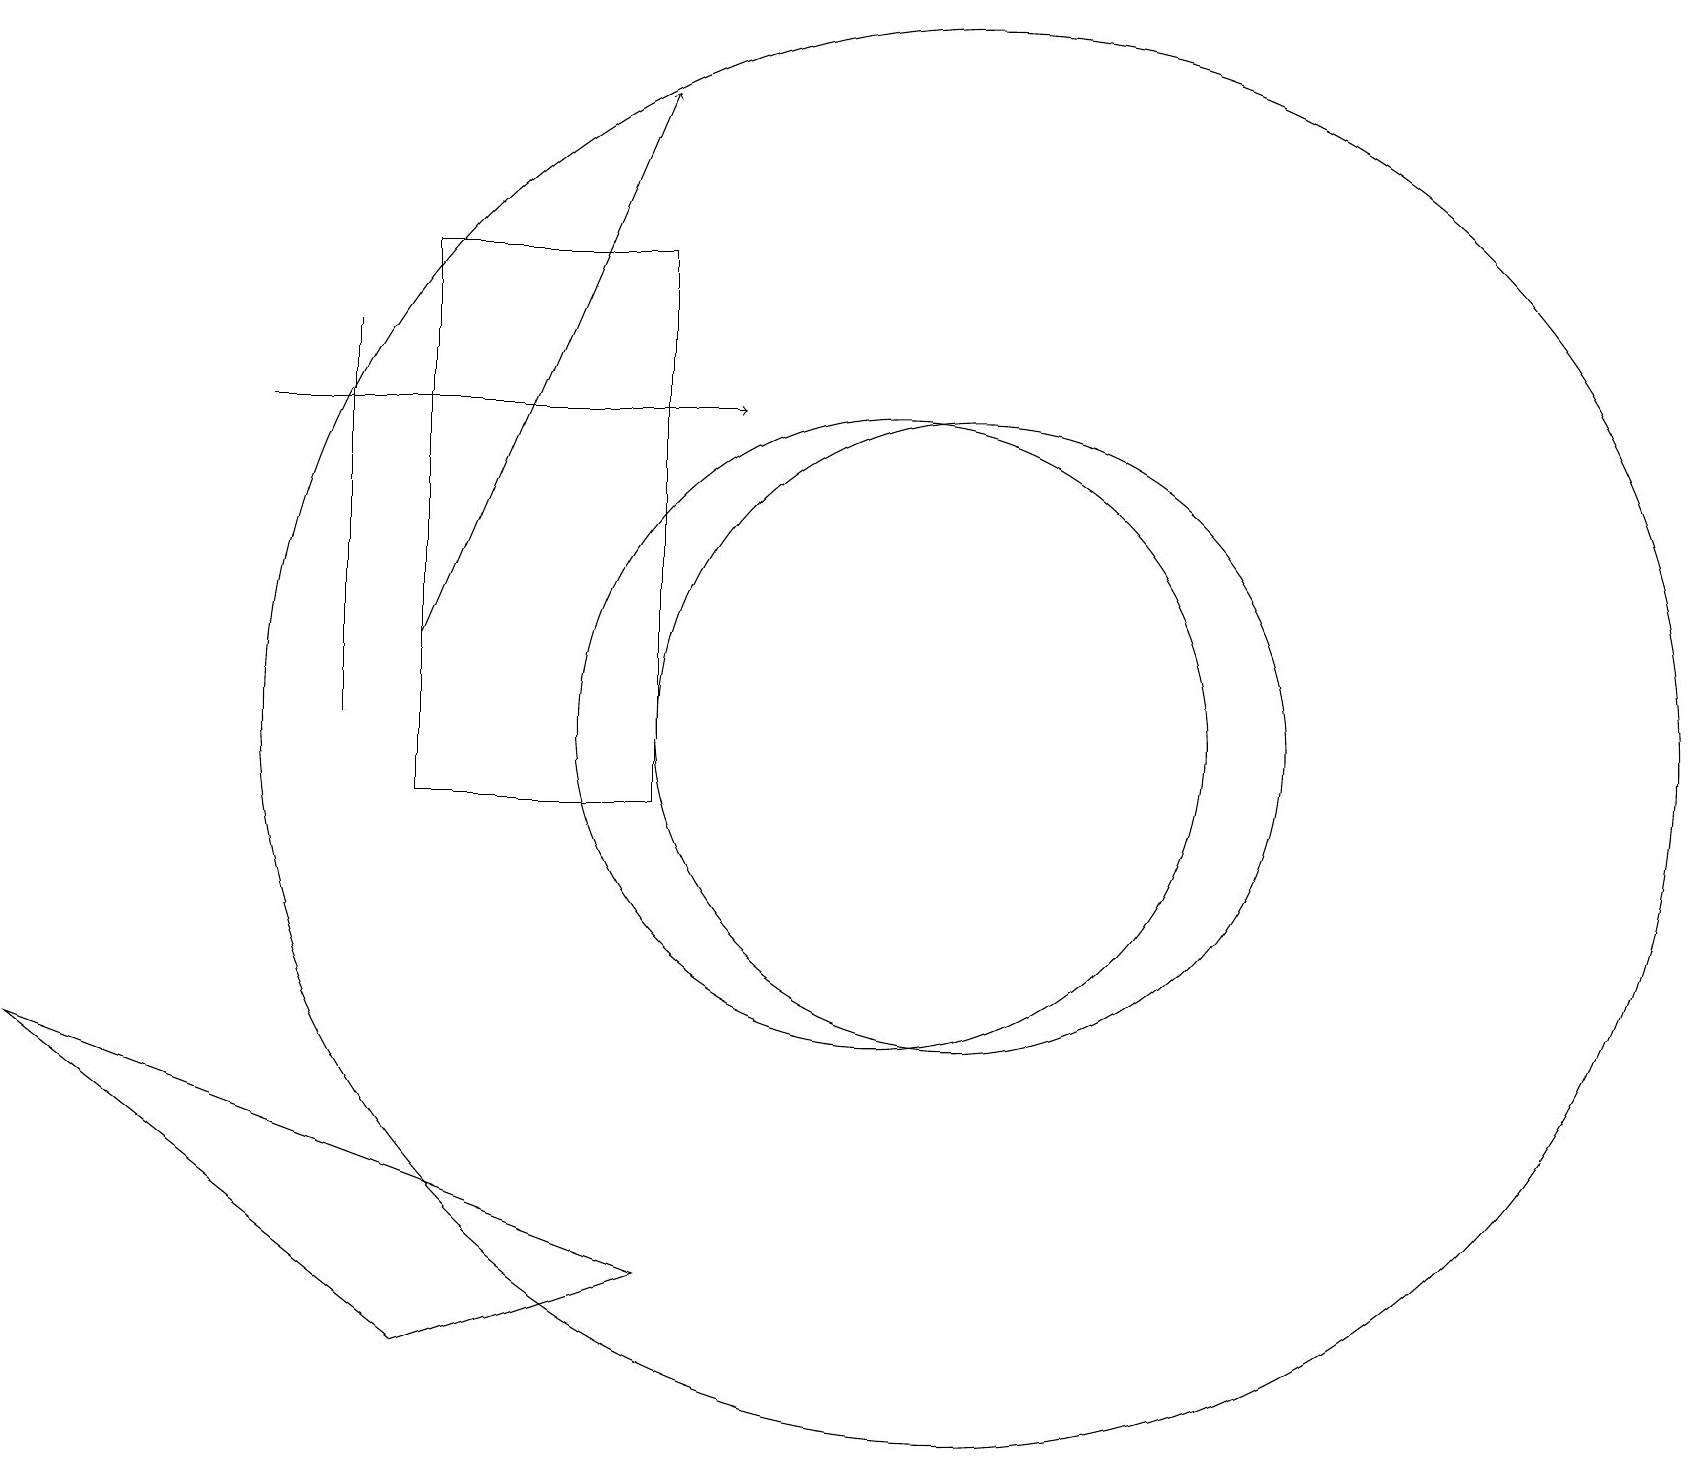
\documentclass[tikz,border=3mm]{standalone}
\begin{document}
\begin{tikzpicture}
\draw (4,16) rectangle (4,11);
\draw[->] (5,12) -- (8,19);
\draw (8,4) -- (5,3) -- (0,7) -- cycle;
\draw (11,11) circle (4);
\draw (5,17) rectangle (8,10);
\draw (12,11) circle (9);
\draw[->] (3,15) -- (9,15);
\draw (12,11) circle (4);
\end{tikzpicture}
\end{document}